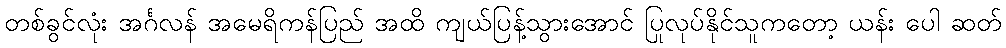
တစ်ခွင်လုံး အင်္ဂလန် အမေရိကန်ပြည် အထိ ကျယ်ပြန့်သွားအောင် ပြုလုပ်နိုင်သူကတော့ ယန်း ပေါ ဆတ်